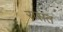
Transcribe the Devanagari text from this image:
रासत